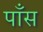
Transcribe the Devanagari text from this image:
पाँस